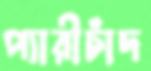
প্যারীচাঁদ